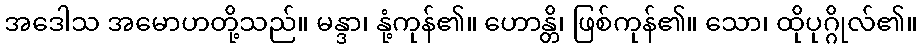
အဒေါသ အမောဟတို့သည်။ မန္ဒာ၊ နုံ့ကုန်၏။ ဟောန္တိ၊ ဖြစ်ကုန်၏။ သော၊ ထိုပုဂ္ဂိုလ်၏။